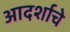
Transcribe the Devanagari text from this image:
आदर्शाचे